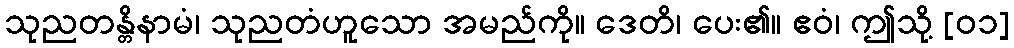
သုညတန္တိနာမံ၊ သုညတံဟူသော အမည်ကို။ ဒေတိ၊ ပေး၏။ ဧဝံ၊ ဤသို့ [၀၁]